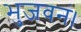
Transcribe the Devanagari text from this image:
भुजवनं।